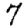
Digit: 7